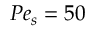
P e _ { s } = 5 0